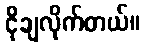
ငိုချလိုက်တယ်။